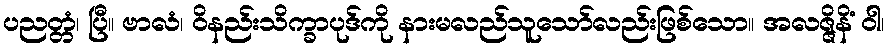
ပညတ္တံ၊ ပြီ။ ဗာလံ၊ ဝိနည်းသိက္ခာပုဒ်ကို နားမလည်သူသော်လည်းဖြစ်သော။ အလဇ္ဇိနိံ ဝါ၊